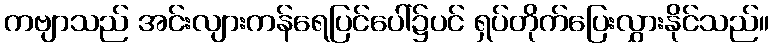
ကဗျာသည် အင်းလျားကန်ရေပြင်ပေါ်၌ပင် ရှပ်တိုက်ပြေးလွှားနိုင်သည်။